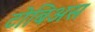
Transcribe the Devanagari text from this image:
टोबिअस